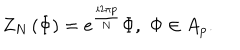
Z _ { N } \left( \Phi \right) = e ^ { \frac { i 2 \pi p } { N } } \Phi , \, \, \Phi \in A _ { p } .